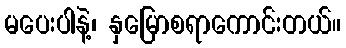
မပေးပါနဲ့၊ နှမြောစရာကောင်းတယ်။